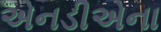
એનડીએના